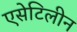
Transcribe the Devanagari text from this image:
एसेटिलीन